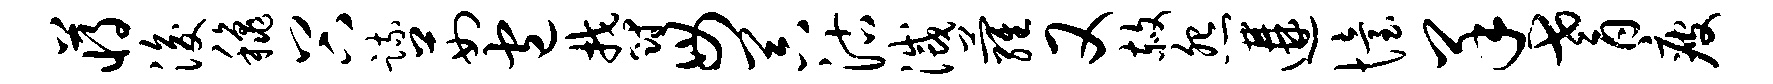
蒋浚秋谷疏茹包郁毋器沽灭萝又赦怨遘怡羊耆疲